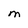
Character: M